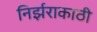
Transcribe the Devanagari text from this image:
निर्झराकाठी